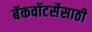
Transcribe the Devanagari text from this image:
बॅकवॉटर्सेसाठी